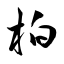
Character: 柏